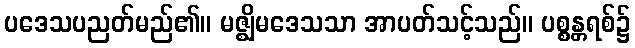
ပဒေသပညတ်မည်၏။ မဇ္ဈိမဒေသသာ အာပတ်သင့်သည်။ ပစ္စန္တရစ်၌